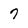
Character: 7